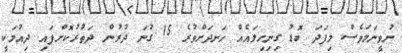
ނުވީނަމަވެސް މިފަދަ ބޮޑު ގިނިހިލައެއް ހަނދަށްވުރެ 15 ގުނަ ދުރުން ދަތުރުކޮށްފައި ދިއުމަކީ